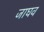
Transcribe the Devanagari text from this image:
जाघव